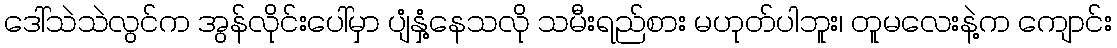
ဒေါ်သဲသဲလွင်က အွန်လိုင်းပေါ်မှာ ပျံနှံ့နေသလို သမီးရည်စား မဟုတ်ပါဘူး၊ တူမလေးနဲ့က ကျောင်း